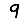
Digit: 9